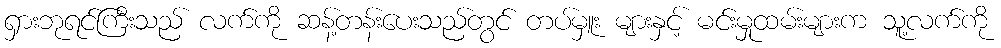
ရှားဘုရင်ကြီးသည် လက်ကို ဆန့်တန်းပေးသည်တွင် တပ်မှူး များနှင့် မင်းမှုထမ်းများက သူ့လက်ကို